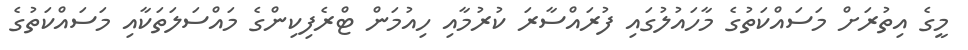
މީގެ އިތުރަށް މަސައްކަތުގެ މާހައުލުގައި ފުރައްސާރަ ކުރުމާއި ހިއުމަން ޓްރެފިކިންގެ މައްސަލަތަކާއި މަސައްކަތުގެ